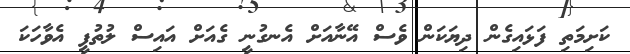
ކަށިމަތި ފަޅައިގެން ދިޔަކަން ވެސް އޭނާއަށް އެނގުނީ ގެއަށް އައިސް ލުތުފީ އެވާހަކަ